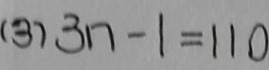
( 3 ) 3 n - 1 = 1 1 0